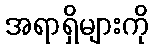
အရာရှိများကို